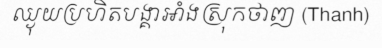
ឈ្ងុយប្រហិតបង្គាអាំងស្រុកថាញ (Thanh)